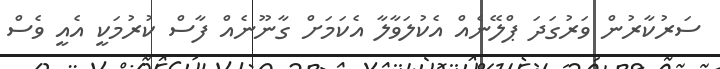
ސަރުކާރުން ވަރުގަދަ ޕްލޭނެއް އެކުލަވާލާ އެކަމަށް ގާނޫނެއް ފާސް ކުރުމަކީ އެއީ ވެސް